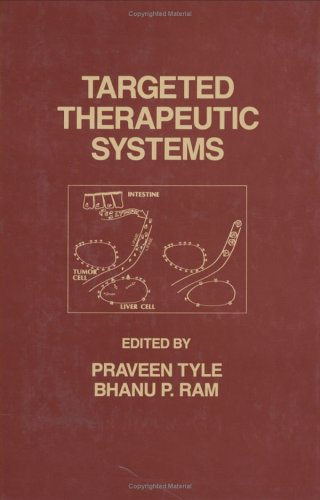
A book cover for Targeted Therapeutic Systems (Targeted Diagnosis and Therapy); Medical Books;